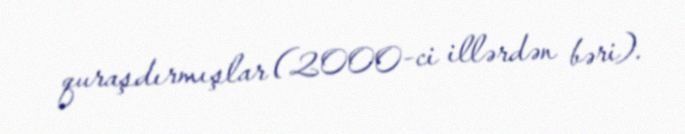
quraşdırmışlar (2000-ci illərdən bəri).